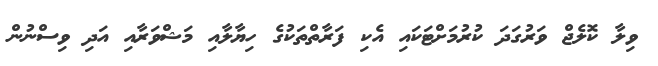
ވިލާ ކޮލެޖް ވަރުގަދަ ކުރުމަށްޓަކައި އެކި ފަރާތްތަކުގެ ހިޔާލާއި މަޝްވަރާއި އަދި ވިސްނުން